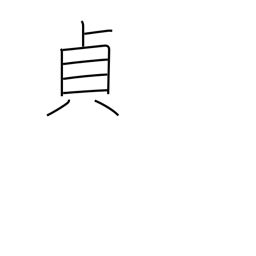
Meaning: upright